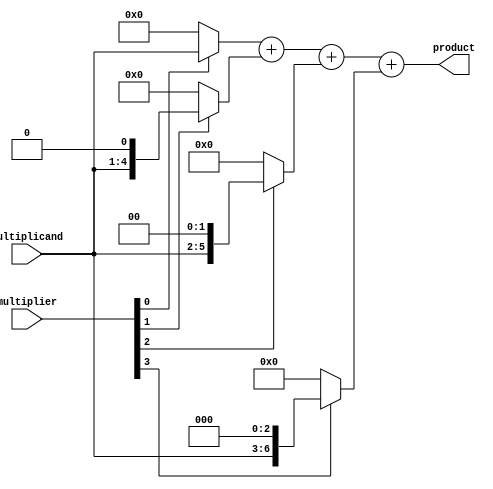
module radix4_multiplier(
  input [3:0] multiplier,
  input [3:0] multiplicand,
  output reg [7:0] product
);

// Partial product blocks
wire [7:0] pp1, pp2, pp3, pp4;

// Generate partial products
assign pp1 = multiplier[0] ? multiplicand : 0;
assign pp2 = multiplier[1] ? (multiplicand << 1) : 0;
assign pp3 = multiplier[2] ? (multiplicand << 2) : 0;
assign pp4 = multiplier[3] ? (multiplicand << 3) : 0;

// Ripple carry adder
wire [7:0] sum;
assign sum = pp1 + pp2 + pp3 + pp4;

// Output final product
always @* begin
  product = sum;
end

endmodule